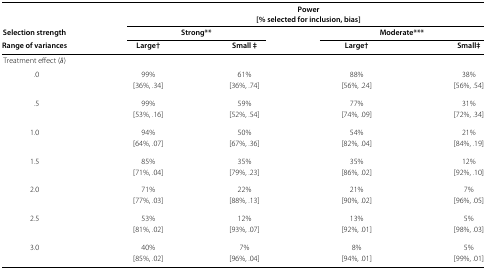
|  | <COLSPAN=4> Power |
 |  | <COLSPAN=4> [% selected for inclusion, bias] |
 | Selection strength | <COLSPAN=2> Strong** | <COLSPAN=2> Moderate*** |
 | Range of variances | Large† | Small ‡ | Large† | Small‡ |
 | --- | --- | --- | --- | --- |
 | Treatment effect (δ) |  |  |  |  |
 | .0 | 99% | 61% | 88% | 38% |
 |  | [36%,.34] | [36%,.74] | [56%,.24] | [56%,.54] |
 | .5 | 99% | 59% | 77% | 31% |
 |  | [53%,.16] | [52%,.54] | [74%,.09] | [72%,.34] |
 | 1.0 | 94% | 50% | 54% | 21% |
 |  | [64%,.07] | [67%,.36] | [82%,.04] | [84%,.19] |
 | 1.5 | 85% | 35% | 35% | 12% |
 |  | [71%,.04] | [79%,.23] | [86%,.02] | [92%,.10] |
 | 2.0 | 71% | 22% | 21% | 7% |
 |  | [77%,.03] | [88%,.13] | [90%,.02] | [96%,.05] |
 | 2.5 | 53% | 12% | 13% | 5% |
 |  | [81%,.02] | [93%,.07] | [92%,.01] | [98%,.03] |
 | 3.0 | 40% | 7% | 8% | 5% |
 |  | [85%,.02] | [96%,.04] | [94%,.01] | [99%,.01] |